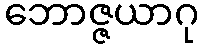
ဘောဇ္ဇယာဂု